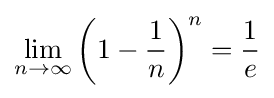
\lim _{n\to \infty }\left(1-{\frac {1}{n}}\right)^{n}={\frac {1}{e}}